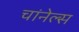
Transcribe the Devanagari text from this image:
चांनेल्स